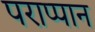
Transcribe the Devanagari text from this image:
पराप्पान